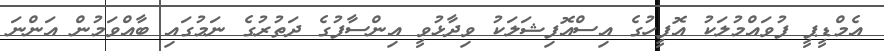
އެމްޑީޕީ ފުވައްމުލަކު އޮފީހުގެ އިސްއޮފިޝަލަކު ވިދާޅުވީ އިންސާފުގެ ދަތުރުގެ ނަމުގައި ބާއްވަމުން އަންނަ